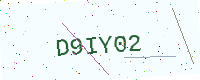
Text: D9IY02